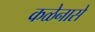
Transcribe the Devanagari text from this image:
कळेनासे